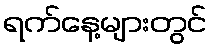
ရက်နေ့များတွင်